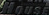
HOUSE